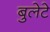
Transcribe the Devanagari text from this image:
बुलेटे